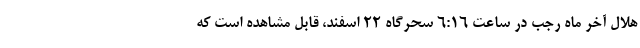
هلال آخر ماه رجب در ساعت ۶:۱۶ سحرگاه ۲۲ اسفند، قابل مشاهده است که